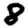
Digit: 8